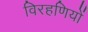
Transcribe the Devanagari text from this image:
विरहणियों